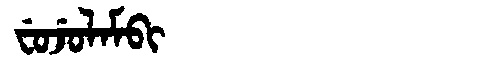
Manchu: ᠸᡠᠵᡠᠯᠠᠮᠪᡳ
Romanization: FUJULAMBI